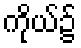
ကိုယ်၌